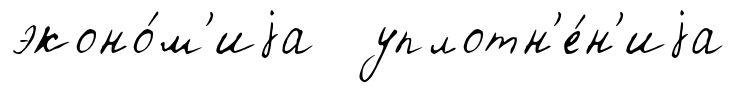
эконо́м'иjа уплотн'е́н'иjа